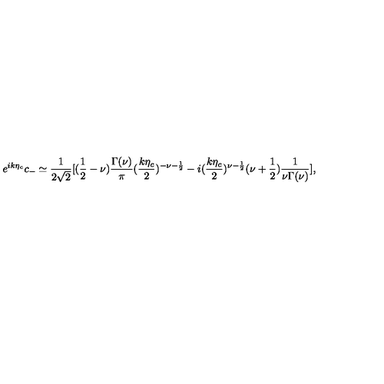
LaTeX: e ^ { i k \eta _ { c } } c _ { - } \simeq \frac { 1 } { 2 \sqrt { 2 } } [ ( \frac { 1 } { 2 } - \nu ) \frac { \Gamma ( \nu ) } { \pi } ( \frac { k \eta _ { c } } { 2 } ) ^ { - \nu - \frac { 1 } { 2 } } - i ( \frac { k \eta _ { c } } { 2 } ) ^ { \nu - \frac { 1 } { 2 } } ( \nu + \frac { 1 } { 2 } ) \frac { 1 } { \nu \Gamma ( \nu ) } ] ,